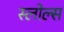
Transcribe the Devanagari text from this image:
स्लोल्स